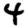
Digit: 4